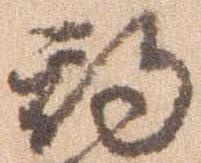
期